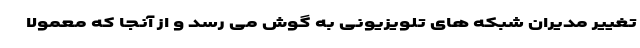
تغییر مدیران شبکه های تلویزیونی به گوش می رسد و از آنجا که معمولا